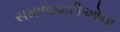
સમાજવાદીઓના